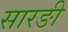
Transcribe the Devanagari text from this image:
सारङी